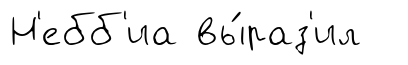
Н'ебб'иа вы́раз'ил